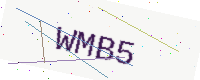
Text: WMB5